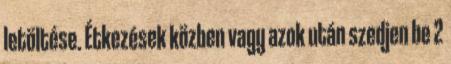
letöltése. Étkezések közben vagy azok után szedjen be 2